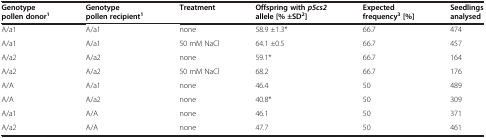
| Genotype pollen donor1 | Genotype pollen recipient1 | Treatment | Offspring with p5cs2 allele [% ±SD2] | Expected frequency3 [%] | Seedlings analysed |
 | --- | --- | --- | --- | --- | --- |
 | A/a1 | A/a1 | none | 58.9 ±1.3* | 66.7 | 474 |
 | A/a1 | A/a1 | 50 mM NaCl | 64.1 ±0.5 | 66.7 | 457 |
 | A/a2 | A/a2 | none | 59.1* | 66.7 | 164 |
 | A/a2 | A/a2 | 50 mM NaCl | 68.2 | 66.7 | 176 |
 | A/A | A/a1 | none | 46.4 | 50 | 489 |
 | A/A | A/a2 | none | 40.8* | 50 | 309 |
 | A/a1 | A/A | none | 46.1 | 50 | 371 |
 | A/a2 | A/A | none | 47.7 | 50 | 461 |